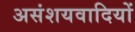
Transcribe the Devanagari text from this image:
असंशयवादियों